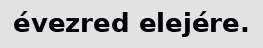
évezred elejére.